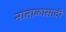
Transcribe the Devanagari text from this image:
नाताळासाठी